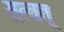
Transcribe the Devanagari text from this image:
सत्वत्